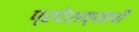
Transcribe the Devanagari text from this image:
प्रदेशव्यापी